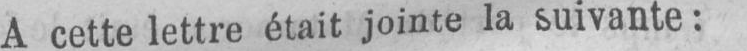
A cette lettre était jointe la suivante: